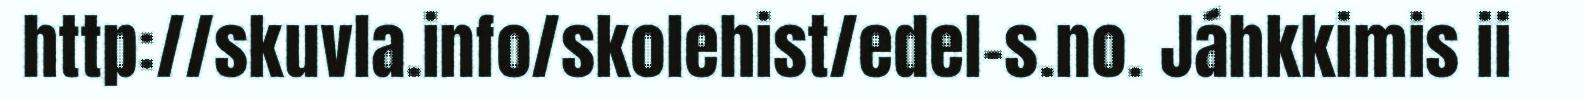
http://skuvla.info/skolehist/edel-s.no. Jáhkkimis ii